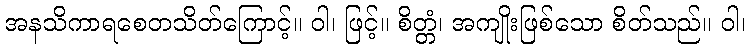
အနသိကာရစေတသိတ်ကြောင့်။ ဝါ၊ ဖြင့်။ စိတ္တံ၊ အကျိုးဖြစ်သော စိတ်သည်။ ဝါ၊